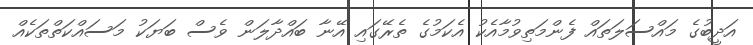
އަދީބުގެ މައްސަލަތައް ފެންމަތިވުމާއެކު އެކަމުގެ ތެރޭގައި އޭނާ ބައްދާލަން ވެސް ބަޔަކު މަސައްކަތްތަކެއް